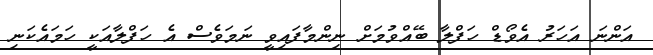
އަންނަ އަހަރު އެވޯޑް ހަފްލާ ބޭއްވުމަށް ނިންމާފައިވީ ނަމަވެސް އެ ހަފްލާއަކީ ހަމައެކަނި